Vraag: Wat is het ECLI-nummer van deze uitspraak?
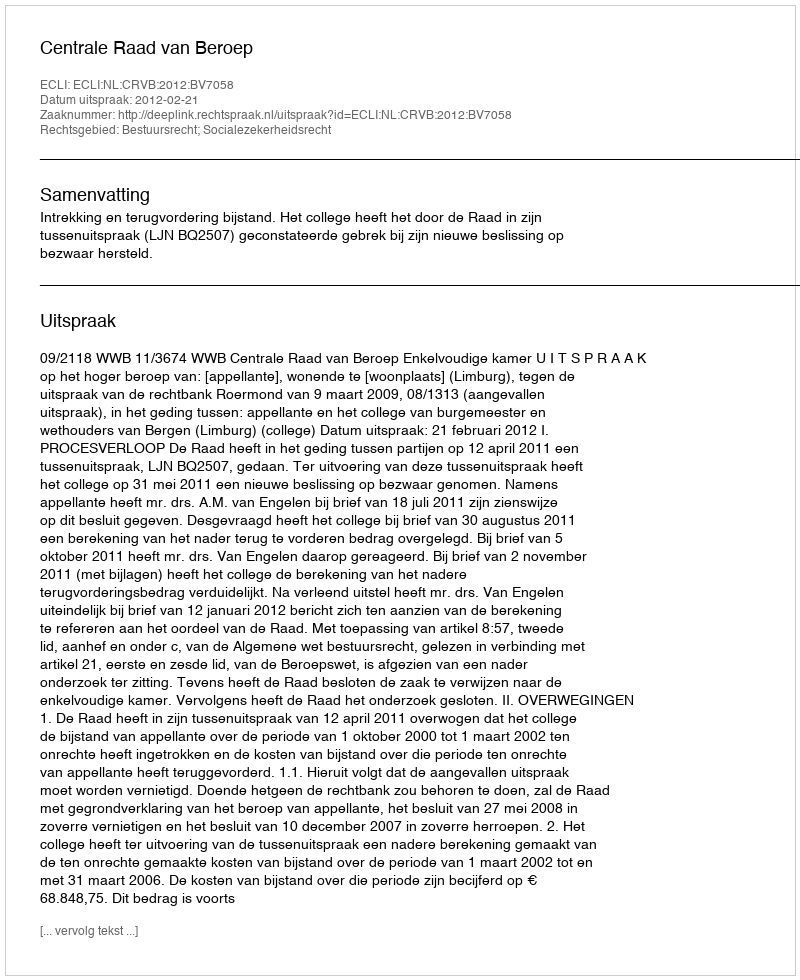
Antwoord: ECLI:NL:CRVB:2012:BV7058